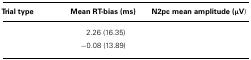
<table><thead><tr><td><b>Trial type</b></td><td><b>Mean RT-bias (ms)</b></td><td><b>N2pc mean amplitude</b></td><td><b>(V)</b></td></tr></thead><tbody><tr><td>[EMPTY_CELL]</td><td>2.26 (16.35)</td><td>[EMPTY_CELL]</td></tr><tr><td>[EMPTY_CELL]</td><td>-0.08 (13.89)</td><td>[EMPTY_CELL]</td></tr></tbody></table>